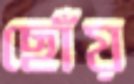
ছোঁয়